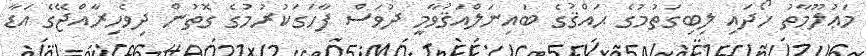
މަޢުލޫމާތު ހޯދައި ލިބިގަތުމުގެ ޙައްޤުގެ ބައިނަލްއަޤުވާމީ ދުވަސް ފާހަގަކުރުމުގެ ގޮތުން ދިވެހިރާއްޖޭގެ އަޑާ